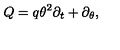
Q = q \theta ^ { 2 } \partial _ { t } + \partial _ { \theta } ,